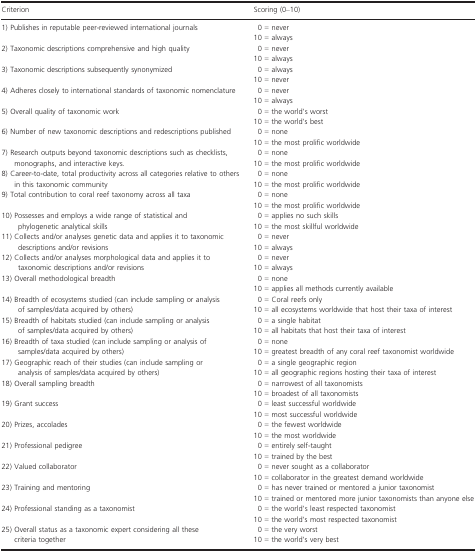
| Criterion | Scoring (0–10) |
 | --- | --- |
 | 1) Publishes in reputable peer-reviewed international journals | 0 = never 10 = always |
 | 2) Taxonomic descriptions comprehensive and high quality | 0 = never 10 = always |
 | 3) Taxonomic descriptions subsequently synonymized | 0 = always 10 = never |
 | 4) Adheres closely to international standards of taxonomic nomenclature | 0 = never 10 = always |
 | 5) Overall quality of taxonomic work | 0 = the world's worst 10 = the world's best |
 | 6) Number of new taxonomic descriptions and redescriptions published | 0 = none 10 = the most prolific worldwide |
 | 7) Research outputs beyond taxonomic descriptions such as checklists, monographs, and interactive keys. | 0 = none 10 = the most prolific worldwide |
 | 8) Career-to-date, total productivity across all categories relative to others in this taxonomic community | 0 = none 10 = the most prolific worldwide |
 | 9) Total contribution to coral reef taxonomy across all taxa | 0 = none 10 = the most prolific worldwide |
 | 10) Possesses and employs a wide range of statistical and phylogenetic analytical skills | 0 = applies no such skills 10 = the most skillful worldwide |
 | 11) Collects and/or analyses genetic data and applies it to taxonomic descriptions and/or revisions | 0 = never 10 = always |
 | 12) Collects and/or analyses morphological data and applies it to taxonomic descriptions and/or revisions | 0 = never 10 = always |
 | 13) Overall methodological breadth | 0 = none 10 = applies all methods currently available |
 | 14) Breadth of ecosystems studied (can include sampling or analysis of samples/data acquired by others) | 0 = Coral reefs only 10 = all ecosystems worldwide that host their taxa of interest |
 | 15) Breadth of habitats studied (can include sampling or analysis of samples/data acquired by others) | 0 = a single habitat 10 = all habitats that host their taxa of interest |
 | 16) Breadth of taxa studied (can include sampling or analysis of samples/data acquired by others) | 0 = none 10 = greatest breadth of any coral reef taxonomist worldwide |
 | 17) Geographic reach of their studies (can include sampling or analysis of samples/data acquired by others) | 0 = a single geographic region 10 = all geographic regions hosting their taxa of interest |
 | 18) Overall sampling breadth | 0 = narrowest of all taxonomists 10 = broadest of all taxonomists |
 | 19) Grant success | 0 = least successful worldwide 10 = most successful worldwide |
 | 20) Prizes, accolades | 0 = the fewest worldwide 10 = the most worldwide |
 | 21) Professional pedigree | 0 = entirely self-taught 10 = trained by the best |
 | 22) Valued collaborator | 0 = never sought as a collaborator 10 = collaborator in the greatest demand worldwide |
 | 23) Training and mentoring | 0 = has never trained or mentored a junior taxonomist 10 = trained or mentored more junior taxonomists than anyone else |
 | 24) Professional standing as a taxonomist | 0 = the world's least respected taxonomist 10 = the world's most respected taxonomist |
 | 25) Overall status as a taxonomic expert considering all these criteria together | 0 = the very worst 10 = the world's very best |